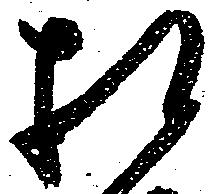
相